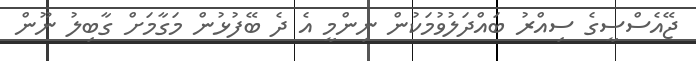
ޖޭއެސްސީގެ ސިއްރު ބައްދަލުވުމަކުން ނިންމީ އެ ދެ ބޭފުޅުން މަގާމަށް ގާބިލު ނޫން